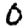
Digit: 0